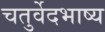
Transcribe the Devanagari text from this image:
चतुर्वेदभाष्य